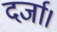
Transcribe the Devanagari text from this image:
दर्जा।